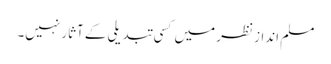
مسلم اندازِ نظر میں کسی تبدیلی کے آثار نہیں۔